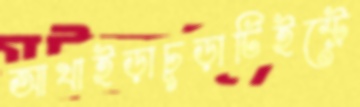
আখাইড়াচূড়াটিইস্ট্রে